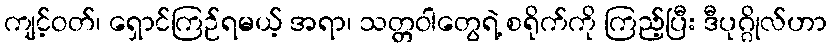
ကျင့်ဝတ်၊ ရှောင်ကြဉ်ရမယ့် အရာ၊ သတ္တဝါတွေရဲ့ စရိုက်ကို ကြည့်ပြီး ဒီပုဂ္ဂိုလ်ဟာ